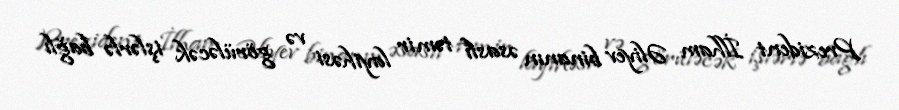
Prezident İlham Əliyev binanın əsaslı təmir layihəsi və görüləcək işlərlə bağlı